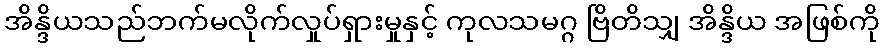
အိန္ဒိယသည်ဘက်မလိုက်လှုပ်ရှားမှုနှင့် ကုလသမဂ္ဂ ဗြိတိသျှ အိန္ဒိယ အဖြစ်ကို